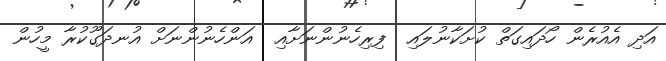
އަދި އެއުރެން ހޯދައިގަތް ކުށަކާނުލައި  ފިރިހެނުންނަށާއި  އަންހެނުންނަށް އުނދަގޫކުރާ މީހުން